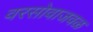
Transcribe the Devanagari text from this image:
वरसोवाजवळ